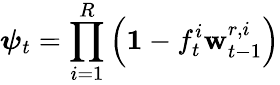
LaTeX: {\boldsymbol{\psi}}_{t}=\prod_{i=1}^{R}\left(\mathbf{1}-f_{t}^{i}\mathbf{w}_{t-1}^{r,i}\right)